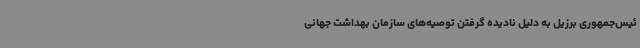
ئیس‌جمهوری برزیل به دلیل نادیده گرفتن توصیه‌های سازمان بهداشت جهانی